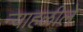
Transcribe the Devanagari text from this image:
न्याहळीले